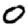
Digit: 0